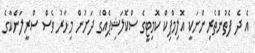
އެ ދެ ފެތުންތެރިންނަކީ އޮލިމްޕިކް ކޮމިޓީގެ ސްކޮލަޝިޕެއްގެ ދަށުން މިހާރު ވެސް ސްރީލަންކާގެ